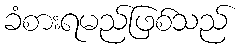
ခံစားရမည်ဖြစ်သည်